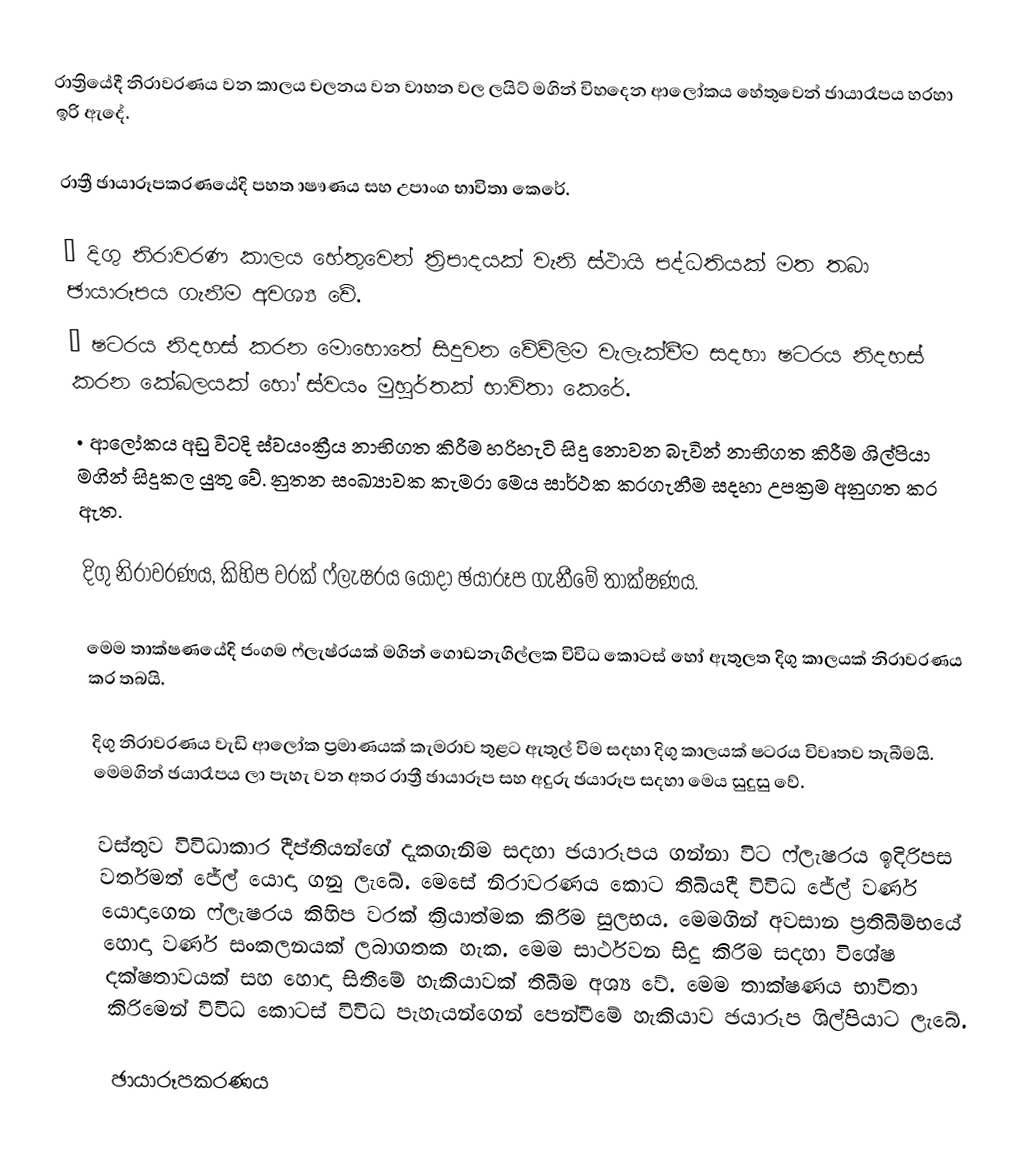
රාත්‍රියේදී නිරාවරණය වන කාලය චලනය වන වාහන වල ලයිට් මගින් විහදෙන ආලෝකය හේතුවෙන් ඡායාරෑපය හරහා ඉරි ඇදේ.

රාත්‍රී ඡායාරූපකරණයේදි පහත ාෂෟණය සහ උපාංග භාවිතා කෙරේ.

•	දිගු නිරාවරණ කාලය හේතුවෙන් ත්‍රිපාදයක් වැනි ස්ථායි පද්ධතියක් මත තබා ඡායාරූපය ගැනීම අවශ්‍ය වේ.
•	ෂටරය නිදහස් කරන මොහොතේ සිදුවන වේව්ලිම වැලැක්වීම සදහා ෂටරය නිදහස් කරන කේබලයක් හෝ ස්වයං මුහුර්තක් භාවිතා කෙරේ.
•	ආලෝකය අඩු විටදි ස්වයංක්‍රීය නාභිගත කිරීම හරිහැටි සිදු නොවන බැවින් නාභිගත කිරීම ශිල්පියා මගින් සිදුකල යුතු වේ. නුතන සංඛ්‍යාවක කැමරා මෙය සාර්ථක කරගැනීම සදහා උපක්‍රම අනුගත කර ඇත.

දිගු නිරාවරණය, කිහිප වරක් ෆ්ලැෂරය යොදා ඡයාරූප ගැනීමේ තාක්ෂණය.

මෙම ‍තාක්ෂණයේදි ජංගම ෆ්ලැෂ්රයක් මගින් ගොඩනැගිල්ලක විවිධ කොටස් හෝ ඇතුලත දිගු කාලයක් නිරාවරණය කර තබයි.

දිගු නිරාවරණය වැඩි ආලෝක ප්‍රමාණයක් කැමරාව තුළට ඇතුල් විම සදහා දිගු කාලයක් ෂටරය විවෘතව තැබීමයි. මෙමගින් ඡයාරෑපය ලා පැහැ වන අතර රාත්‍රී ඡායාරූප සහ අදුරු ඡයාරූප සදහා මෙය සුදුසු වේ.

වස්තුව විවිධාකාර දීප්තියන්ගේ දැකගැනිම සදහා ඡයාරූපය ගන්නා විට ෆ්ලැෂරය ඉදිරිපස වර්තමත් ජේල් යොදා ගනු ලැබේ. මෙසේ නිරාවරණය කොට තිබියදී විවිධ ජේල් වර්ණ යොදාගෙන ෆ්ලැෂරය කිහිප වරක් ක්‍රියාත්මක කිරීම සුලභය. මෙමගින් අවසාන ප්‍රතිබිම්භයේ හොදා වර්ණ සංකලනයක් ලබාගතක හැක. මෙම සාර්ථවන සිදු කිරිම සදහා විශේෂ දක්ෂතාවයක් සහ හොදා සිතීමේ හැකියාවක් තිබීම අශ්‍ය වේ. මෙම තාක්ෂණය භාවිතා කිරිමෙන් විවිධ කොටස් විවිධ පැහැයන්ගෙන් පෙන්වීමේ හැකියාව ඡයාරූප ශිල්පියාට ලැබේ.

ඡායාරූපකරණය